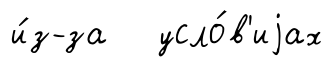
и́з-за усло́в'иjах